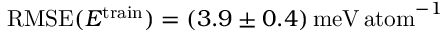
\mathrm { R M S E } ( E ^ { \mathrm { t r a i n } } ) = ( 3 . 9 \pm 0 . 4 ) \, \mathrm { m e V \, a t o m } ^ { - 1 }